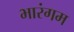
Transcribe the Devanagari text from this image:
भारंगम